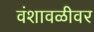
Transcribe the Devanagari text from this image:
वंशावळीवर